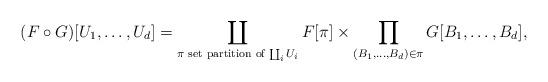
LaTeX: \begin{align*}(F\circ G)[U_1,\dots,U_d] = \coprod_{\text{$\pi$ set partition of $\coprod_i U_i$}} F[\pi] \times \prod_{(B_1,\dots,B_d)\in\pi}G[B_1,\dots,B_d],\end{align*}